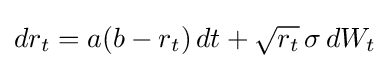
dr_{t}=a(b-r_{t})\,dt+{\sqrt {r_{t}}}\,\sigma \,dW_{t}